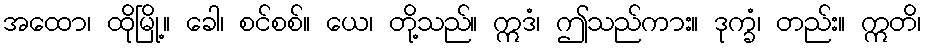
အထော၊ ထိုမြို့။ ခေါ၊ စင်စစ်။ ယေ၊ တို့သည်။ ဣဒံ၊ ဤသည်ကား။ ဒုက္ခံ၊ တည်း။ ဣတိ၊